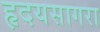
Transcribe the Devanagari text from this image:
हृदयसागरा